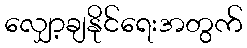
လျှော့ချနိုင်ရေးအတွက်